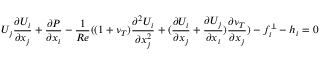
U _ { j } \frac { \partial U _ { i } } { \partial x _ { j } } + \frac { \partial P } { \partial x _ { i } } - \frac { 1 } { R e } ( ( 1 + \nu _ { T } ) \frac { \partial ^ { 2 } U _ { i } } { \partial x _ { j } ^ { 2 } } + ( \frac { \partial U _ { i } } { \partial x _ { j } } + \frac { \partial U _ { j } } { \partial x _ { i } } ) \frac { \partial \nu _ { T } } { \partial x _ { j } } ) - f _ { i } ^ { \perp } - h _ { i } = 0